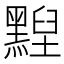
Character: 𪑺